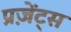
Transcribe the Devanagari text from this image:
प्रज़ेंट्स